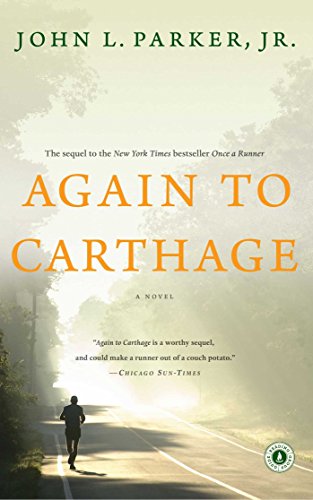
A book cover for Again to Carthage: A Novel; John L. Parker Jr.; Literature & Fiction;